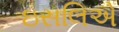
ઇસલિએ